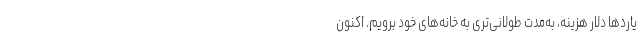
یاردها دلار هزینه، ‌به‌مدت طولانی‌تری به خانه‌های خود برویم. اکنون